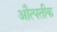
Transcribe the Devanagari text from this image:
औत्पतीक